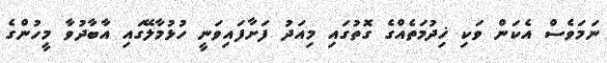
ނަމަވެސް އެކަން ވަކި ޚިދުމަތެއްގެ ގޮތުގައި މިއަދު ފަށާފައިވަނީ ހުޅުމާލޭގައި އާބާދުވާ މީހުންގެ